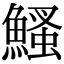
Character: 鰠